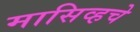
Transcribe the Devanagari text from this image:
मासिव्हचे